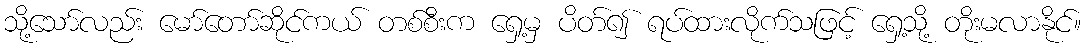
သို့သော်လည်း မော်တော်ဆိုင်ကယ် တစ်စီးက ရှေ့မှ ပိတ်၍ ရပ်ထားလိုက်သဖြင့် ရှေ့သို့ တိုးမလာနိုင်။